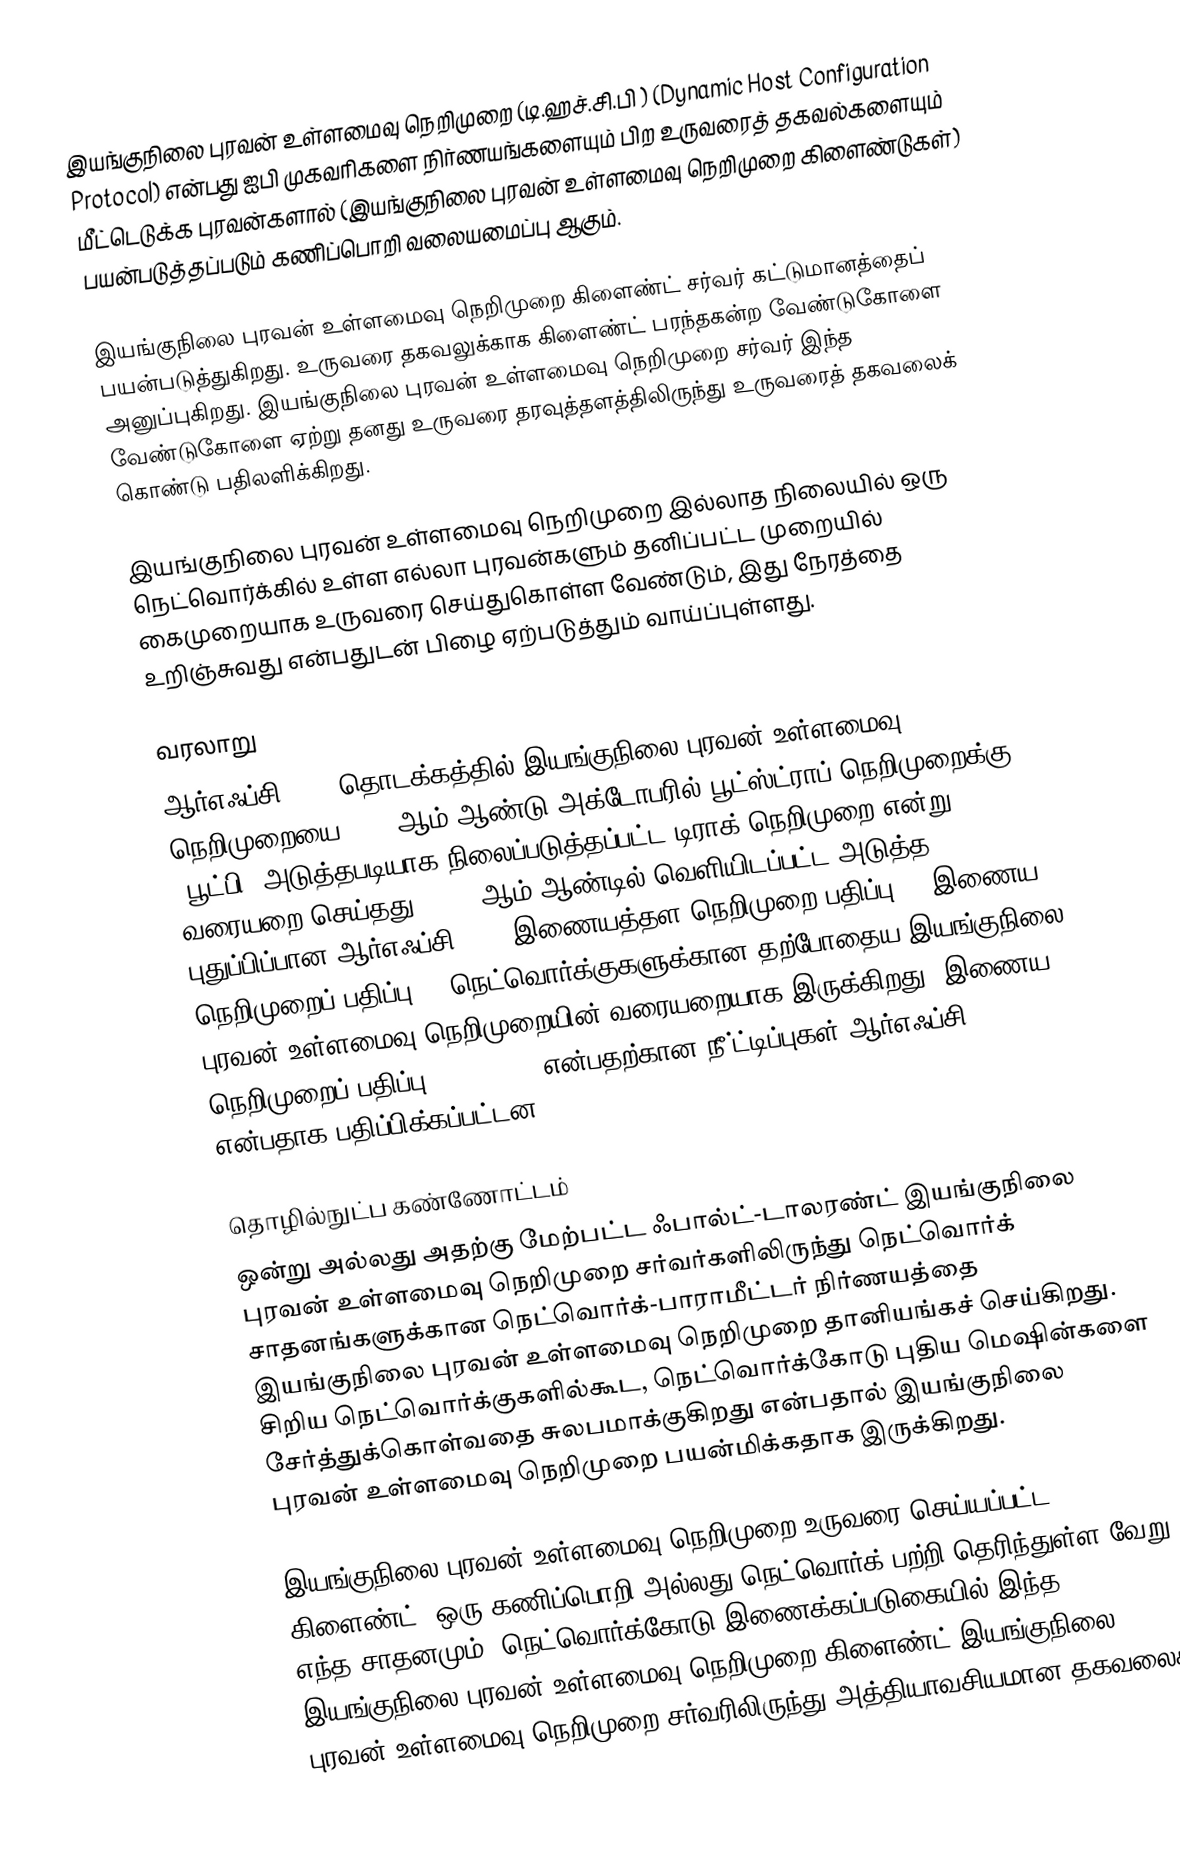
இயங்குநிலை புரவன் உள்ளமைவு நெறிமுறை (டி.ஹச்.சி.பி ) (Dynamic Host Configuration Protocol) என்பது ஐபி முகவரிகளை நிர்ணயங்களையும் பிற உருவரைத் தகவல்களையும் மீட்டெடுக்க புரவன்களால் (இயங்குநிலை புரவன் உள்ளமைவு நெறிமுறை கிளைண்டுகள்) பயன்படுத்தப்படும் கணிப்பொறி வலையமைப்பு ஆகும்.

இயங்குநிலை புரவன் உள்ளமைவு நெறிமுறை கிளைண்ட் சர்வர் கட்டுமானத்தைப் பயன்படுத்துகிறது. உருவரை தகவலுக்காக கிளைண்ட் பரந்தகன்ற வேண்டுகோளை அனுப்புகிறது. இயங்குநிலை புரவன் உள்ளமைவு நெறிமுறை சர்வர் இந்த வேண்டுகோளை ஏற்று தனது உருவரை தரவுத்தளத்திலிருந்து உருவரைத் தகவலைக் கொண்டு பதிலளிக்கிறது.

இயங்குநிலை புரவன் உள்ளமைவு நெறிமுறை இல்லாத நிலையில் ஒரு நெட்வொர்க்கில் உள்ள எல்லா புரவன்களும் தனிப்பட்ட முறையில் கைமுறையாக உருவரை செய்துகொள்ள வேண்டும், இது நேரத்தை உறிஞ்சுவது என்பதுடன் பிழை ஏற்படுத்தும் வாய்ப்புள்ளது.

வரலாறு
ஆர்எஃப்சி 1531 தொடக்கத்தில் இயங்குநிலை புரவன் உள்ளமைவு நெறிமுறையை 1993 ஆம் ஆண்டு அக்டோபரில் பூட்ஸ்ட்ராப் நெறிமுறைக்கு (பூட்பி) அடுத்தபடியாக நிலைப்படுத்தப்பட்ட-டிராக் நெறிமுறை என்று வரையறை செய்தது. 1997 ஆம் ஆண்டில் வெளியிடப்பட்ட அடுத்த புதுப்பிப்பான ஆர்எஃப்சி 2131 இணையத்தள நெறிமுறை பதிப்பு 4 (இணைய நெறிமுறைப் பதிப்பு 4) நெட்வொர்க்குகளுக்கான தற்போதைய இயங்குநிலை புரவன் உள்ளமைவு நெறிமுறையின் வரையறையாக இருக்கிறது. இணைய நெறிமுறைப் பதிப்பு 4 (DHCPv6) என்பதற்கான நீ்ட்டிப்புகள் ஆர்எஃப்சி 3315 என்பதாக பதிப்பிக்கப்பட்டன.

தொழில்நுட்ப கண்ணோட்டம்
ஒன்று அல்லது அதற்கு மேற்பட்ட ஃபால்ட்-டாலரண்ட் இயங்குநிலை புரவன் உள்ளமைவு நெறிமுறை சர்வர்களிலிருந்து நெட்வொர்க் சாதனங்களுக்கான நெட்வொர்க்-பாராமீட்டர் நிர்ணயத்தை இயங்குநிலை புரவன் உள்ளமைவு நெறிமுறை தானியங்கச் செய்கிறது. சிறிய நெட்வொர்க்குகளில்கூட, நெட்வொர்க்கோடு புதிய மெஷின்களை சேர்த்துக்கொள்வதை சுலபமாக்குகிறது என்பதால் இயங்குநிலை புரவன் உள்ளமைவு நெறிமுறை பயன்மிக்கதாக இருக்கிறது.

இயங்குநிலை புரவன் உள்ளமைவு நெறிமுறை-உருவரை செய்யப்பட்ட கிளைண்ட் (ஒரு கணிப்பொறி அல்லது நெட்வொர்க் பற்றி தெரிந்துள்ள வேறு எந்த சாதனமும்) நெட்வொர்க்கோடு இணைக்கப்படுகையில் இந்த இயங்குநிலை புரவன் உள்ளமைவு நெறிமுறை கிளைண்ட் இயங்குநிலை புரவன் உள்ளமைவு நெறிமுறை சர்வரிலிருந்து அத்தியாவசியமான தகவலைக்